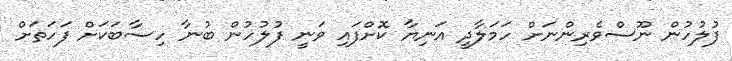
ފުލުހުން ނޫސްވެރިންނަށް ހަމަލާދީ އަނިޔާ ކޮށްފައި ވަނީ ފުލުހުން ބުނާ ހިސާބަކަށް ފަހަތަށް